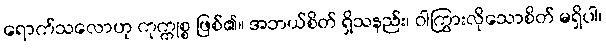
ရောက်သလောဟု ကုက္ကုစ္စ ဖြစ်၏။ အဘယ်စိတ် ရှိသနည်း၊ ဝါကြွားလိုသောစိတ် မရှိပါ၊